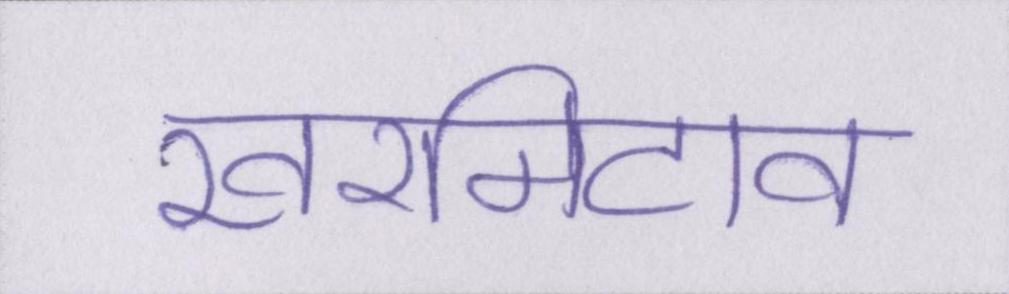
खरमिटाव